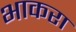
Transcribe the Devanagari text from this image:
भाकरा